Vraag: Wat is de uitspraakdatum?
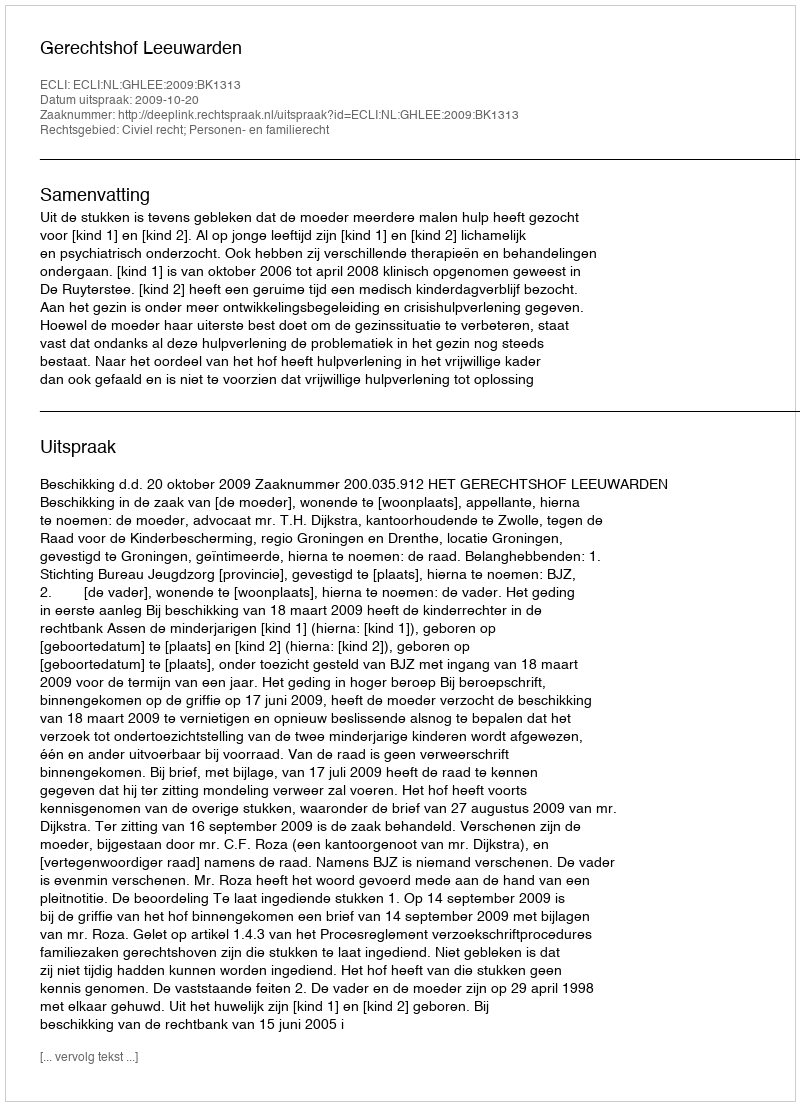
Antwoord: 2009-10-20